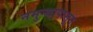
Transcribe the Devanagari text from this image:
नमुन्यापासून